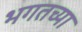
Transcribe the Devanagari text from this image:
भगतच्या